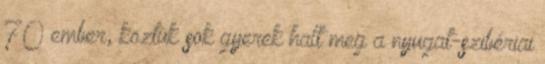
70 ember, köztük sok gyerek halt meg a nyugat-szibériai